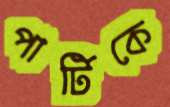
পার্টিকে